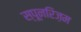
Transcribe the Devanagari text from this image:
स्पूनरिज़म